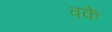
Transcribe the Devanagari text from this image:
वके